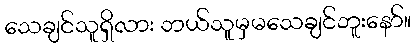
သေချင်သူရှိလား ဘယ်သူမှမသေချင်ဘူးနော်။